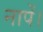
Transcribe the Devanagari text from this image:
नापें।